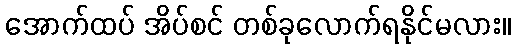
အောက်ထပ် အိပ်စင် တစ်ခုလောက်ရနိုင်မလား။